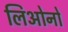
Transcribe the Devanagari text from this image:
लिओनो